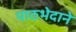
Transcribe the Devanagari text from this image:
पाठभेदाने